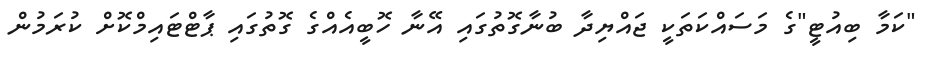
"ކަމާ ބިއުޓީ"ގެ މަސައްކަތަކީ ޖައްޔިދާ ބުނާގޮތުގައި އޭނާ ހޮބީއެއްގެ ގޮތުގައި ޕާޓްޓައިމްކޮށް ކުރަމުން